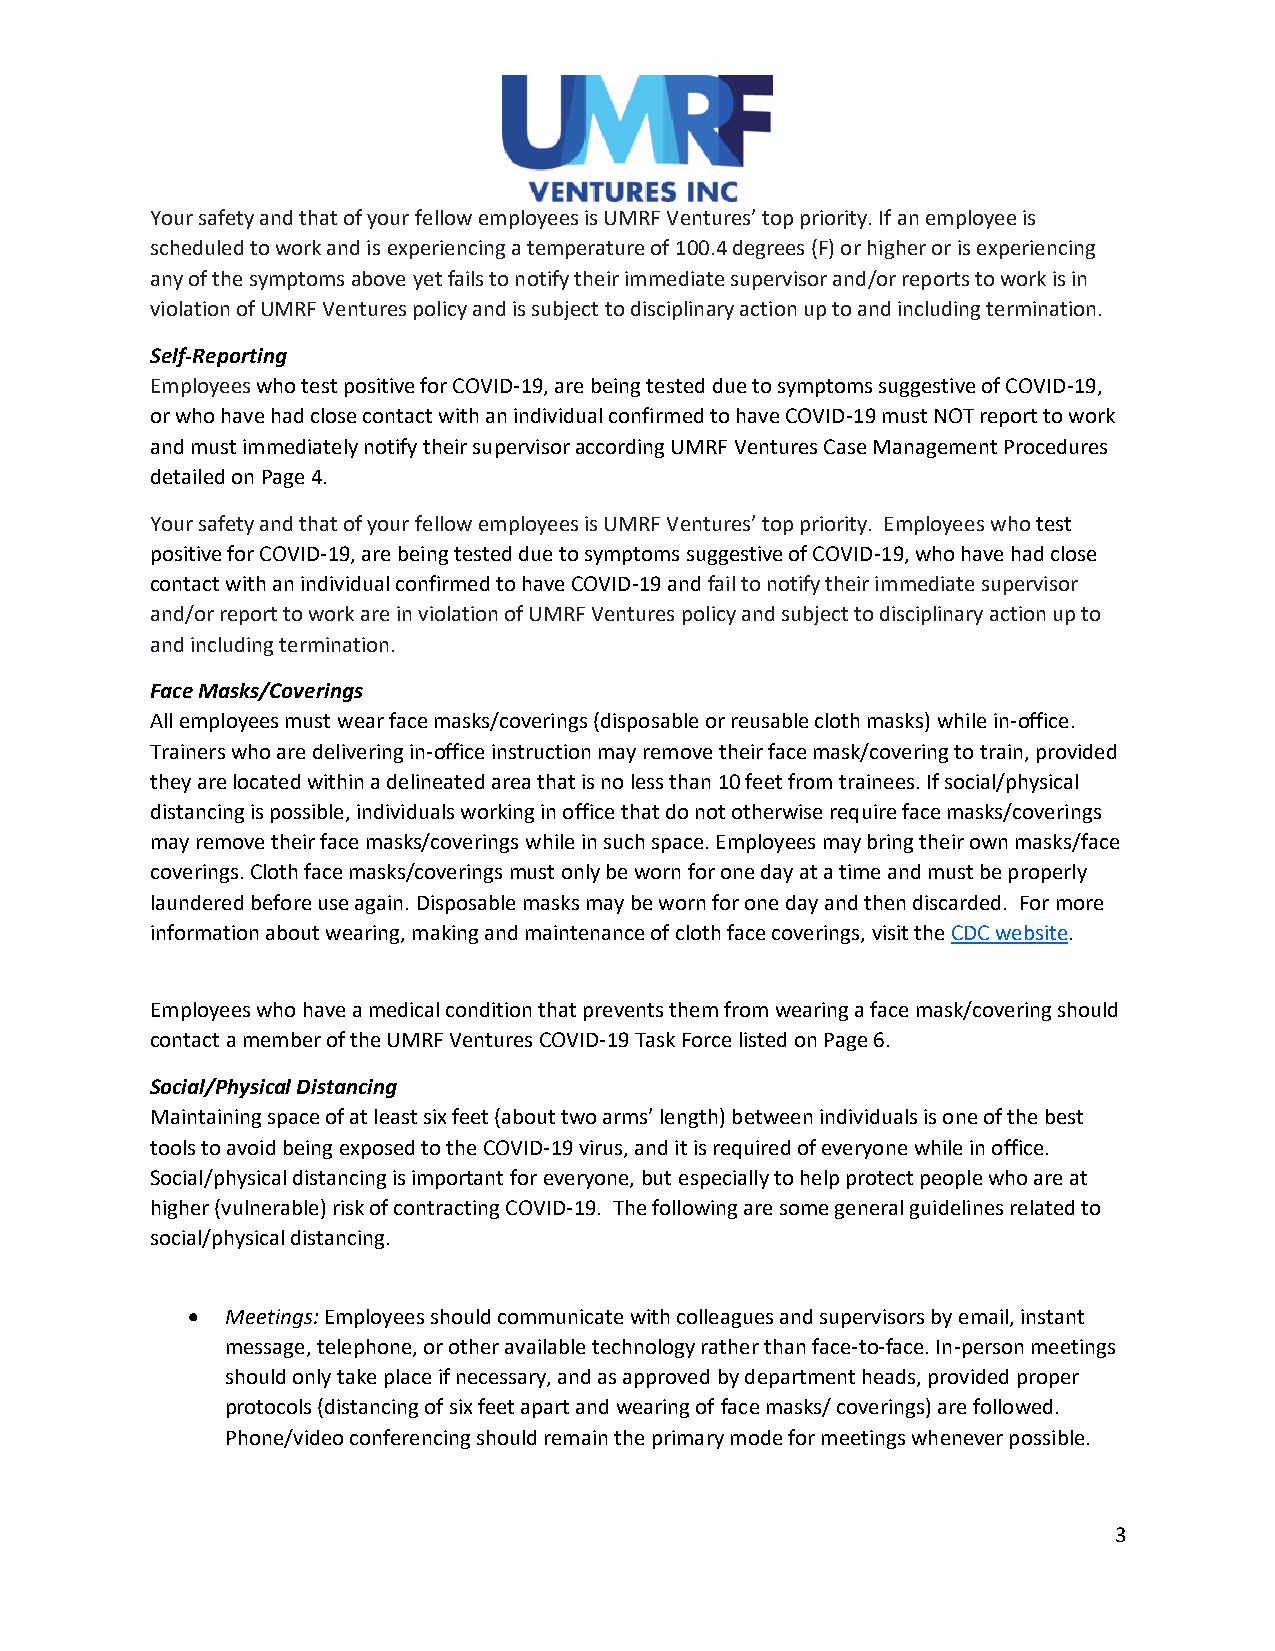
Your safety and that of your fellow employees is UMRF Ventures’ top priority. If an employee is
 scheduled to work and is experiencing a temperature of 100.4 degrees (F) or higher or is experiencing
 any of the symptoms above yet fails to notify their immediate supervisor and/or reports to work is in
 violation of UMRF Ventures policy and is subject to disciplinary action up to and including termination.
 Self-Reporting
 Employees who test positive for COVID-19, are being tested due to symptoms suggestive of COVID-19,
 or who have had close contact with an individual confirmed to have COVID-19 must NOT report to work
 and must immediately notify their supervisor according UMRF Ventures Case Management Procedures
 detailed on Page 4.
 Your safety and that of your fellow employees is UMRF Ventures’ top priority. Employees who test
 positive for COVID-19, are being tested due to symptoms suggestive of COVID-19, who have had close
 contact with an individual confirmed to have COVID-19 and fail to notify their immediate supervisor
 and/or report to work are in violation of UMRF Ventures policy and subject to disciplinary action up to
 and including termination.
 Face Masks/Coverings
 All employees must wear face masks/coverings (disposable or reusable cloth masks) while in-office.
 Trainers who are delivering in-office instruction may remove their face mask/covering to train, provided
 they are located within a delineated area that is no less than 10 feet from trainees. If social/physical
 distancing is possible, individuals working in office that do not otherwise require face masks/coverings
 may remove their face masks/coverings while in such space. Employees may bring their own masks/face
 coverings. Cloth face masks/coverings must only be worn for one day at a time and must be properly
 laundered before use again. Disposable masks may be worn for one day and then discarded. For more
 information about wearing, making and maintenance of cloth face coverings, visit the CDC website.
 Employees who have a medical condition that prevents them from wearing a face mask/covering should
 contact a member of the UMRF Ventures COVID-19 Task Force listed on Page 6.
 Social/Physical Distancing
 Maintaining space of at least six feet (about two arms’ length) between individuals is one of the best
 tools to avoid being exposed to the COVID-19 virus, and it is required of everyone while in office.
 Social/physical distancing is important for everyone, but especially to help protect people who are at
 higher (vulnerable) risk of contracting COVID-19. The following are some general guidelines related to
 social/physical distancing.
 •  Meetings: Employees should communicate with colleagues and supervisors by email, instant
 message, telephone, or other available technology rather than face-to-face. In-person meetings
 should only take place if necessary, and as approved by department heads, provided proper
 protocols (distancing of six feet apart and wearing of face masks/ coverings) are followed.
 Phone/video conferencing should remain the primary mode for meetings whenever possible.
 3